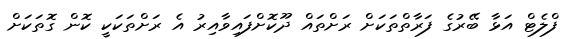
ފްލެޓް އަޅާ ބޭރުގެ ފަރާތްތަކަށް ރަށްތައް ދޫކޮށްފައިވާއިރު އެ ރަށްތަކަކީ ކޮން ގޮތަކަށް